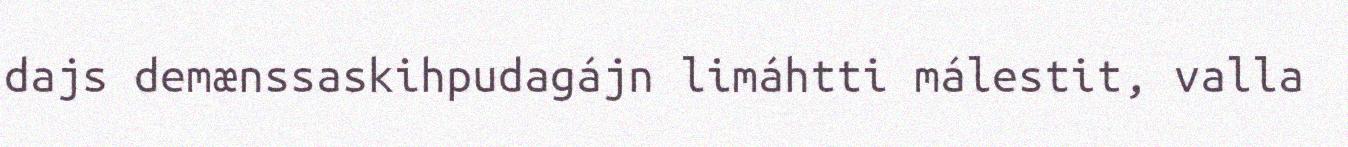
dajs demænssaskihpudagájn limáhtti málestit, valla